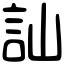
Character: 訕